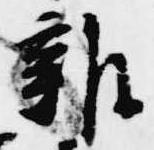
雑